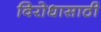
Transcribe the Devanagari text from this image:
विरोधासाठी